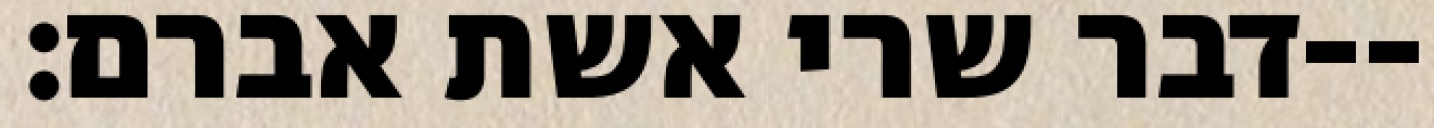
דבר שרי אשת אברם׃--